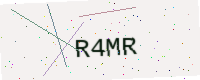
Text: R4MR